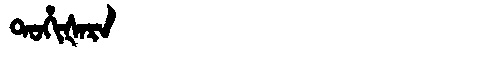
Manchu: ᡨᠣᡥᡳᡧᠠᡵᠠ
Romanization: TOHIŠARA